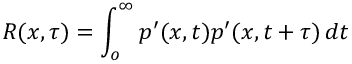
R ( x , \tau ) = \int _ { o } ^ { \infty } p ^ { \prime } ( x , t ) p ^ { \prime } ( x , t + \tau ) \, d t